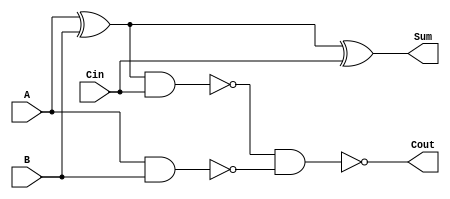
module SUMATOR(A, B, Cin, Sum, Cout);
    input A, B, Cin;
    output Sum, Cout;
    wire temp1;
    wire temp2;
    wire temp3;
    wire unand;
    wire rasp;
    xor x0(temp1, A, B);
    xor x1(temp2, temp1, Cin);
    assign Sum = temp2;

    nand na0(temp3, temp1, Cin);
    nand na1(unand, A, B);
    nand na2(rasp, temp3, unand);
    assign Cout = rasp;
endmodule


module SUM4(A, B, Sum);
    input[3:0] A, B;
    output[4:0] Sum;
    wire Cin;
    wire Sum1, Sum2, Sum3, Sum4;
    wire Cout1, Cout2, Cout3, Cout4;
    assign Cin = 0;
    SUMATOR sum0(A[0], B[0], Cin, Sum1, Cout1);
    SUMATOR sum1(A[1], B[1], Cout1, Sum2, Cout2);
    SUMATOR sum2(A[2], B[2], Cout2, Sum3, Cout3);
    SUMATOR sum3(A[3], B[3], Cout3, Sum4, Cout4);
    assign Sum = {Cout4, Sum4, Sum3, Sum2, Sum1};
endmodule